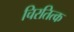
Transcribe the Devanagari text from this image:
चिरतित्क